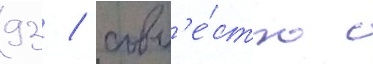
93 / совм'е́стно с